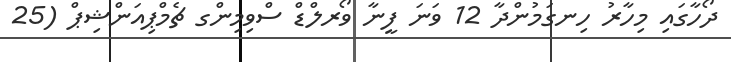
ދޯހާގައި މިހާރު ހިނގަމުންދާ 12 ވަނަ ފީނާ ވޯރލްޑް ސްވިމިންގ ޗެމްޕިއަންޝިޕް (25